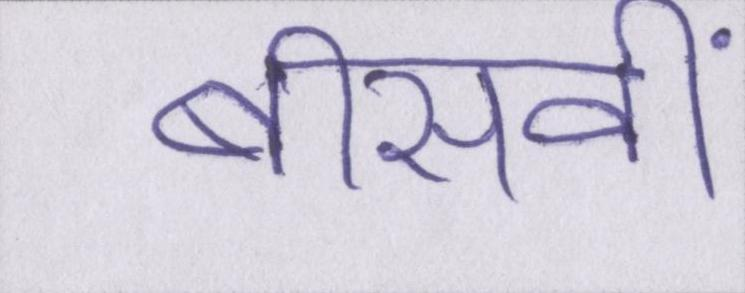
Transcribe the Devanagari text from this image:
बीसवीं